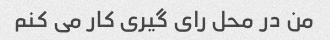
من در محل رای گیری کار می کنم